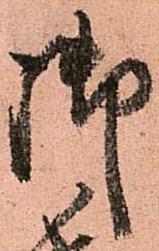
御